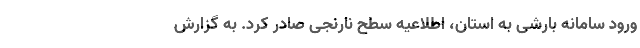
ورود سامانه بارشی به استان، اطلاعیه سطح نارنجی صادر کرد. به گزارش